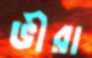
ভীরা